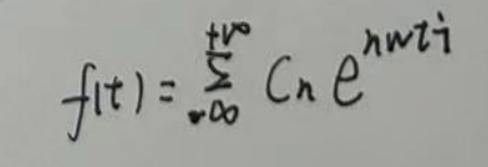
\[
f(t)=\sum_{n = -\infty}^{+\infty} C_n e^{in\omega t i}
\]